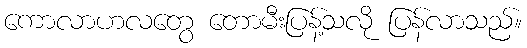
ကောလာဟလတွေ တောမီးပြန့်သလို ပြန်လာသည်။